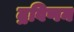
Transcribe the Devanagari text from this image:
द्रविणन